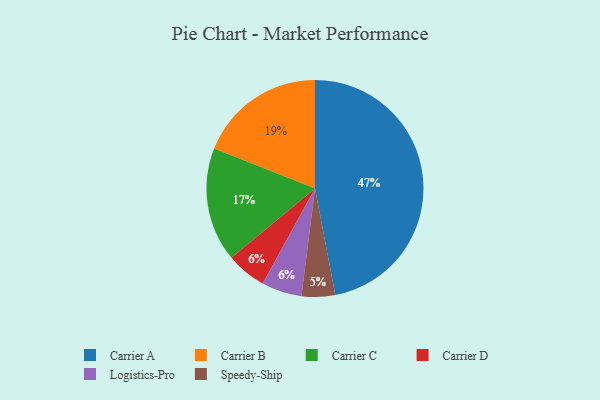
{"axis": {"x": "Category", "y": "Percentage"}, "legend": ["Carrier A", "Carrier B", "Carrier C", "Carrier D", "Logistics-Pro", "Speedy-Ship"], "data": [{"x": "Carrier D", "y": 6, "type": "Carrier D"}, {"x": "Carrier A", "y": 47, "type": "Carrier A"}, {"x": "Carrier B", "y": 19, "type": "Carrier B"}, {"x": "Logistics-Pro", "y": 6, "type": "Logistics-Pro"}, {"x": "Carrier C", "y": 17, "type": "Carrier C"}, {"x": "Speedy-Ship", "y": 5, "type": "Speedy-Ship"}]}